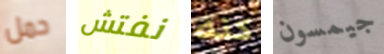
حمل نفتش كنه جيمسون